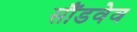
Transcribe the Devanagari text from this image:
सौंडवेव